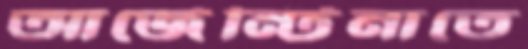
আর্জেন্টিনাতে